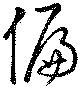
偏